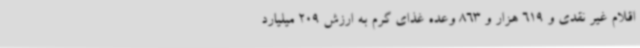
اقلام غیر نقدی و 619 هزار و 863 وعده غذای گرم به ارزش 209 میلیارد